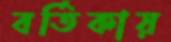
বর্তিকায়